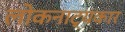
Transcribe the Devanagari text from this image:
लोकनाट्यकार